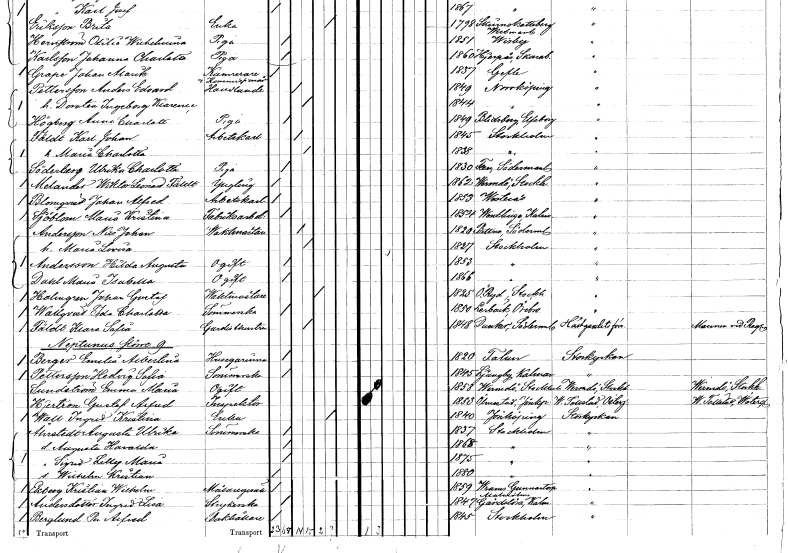
gt_parse: households: individuals: FN: Karl Johan
EN: Fäldt
YRKE: Arbetskarl
KON: M
CIV: G
FODAR: 1845
FODFORS: Stockholm
FN: Maria Charlotta
KON: K
CIV: G
FODAR: 1838
FODFORS: Stockholm
FN: Ulrika Charlotta
EN: Söderberg
YRKE: Piga
KON: K
CIV: O
FODAR: 1830
FODFORS: Flen Södermanlands län
FN: Wiktor Leonard
EN: Melander Fällt
KON: M
CIV: O
FODAR: 1862
FODFORS: Värmdö Stockholms län
FN: Johan Alfred
EN: Blomqvist
YRKE: Arbetskarl
KON: M
CIV: O
FODAR: 1853
FODFORS: Västerås Västmanlands län
FN: Maria Kristina
EN: Sjöblom
YRKE: Fabriksarbeterska
KON: K
CIV: O
FODAR: 1854
FODFORS: Ventlinge Kalmar län
FN: Nils Johan
EN: Andersson
YRKE: Vaktmästare
KON: M
CIV: G
FODAR: 1820
FODFORS: Bettna Södermanlands län
FN: Maria Lovisa
KON: K
CIV: G
FODAR: 1827
FODFORS: Stockholm
FN: Hilda Augusta
EN: Andersson
KON: K
CIV: O
FODAR: 1853
FODFORS: Stockholm
FN: Maria Isabella
EN: Dahl
KON: K
CIV: O
FODAR: 1866
FODFORS: Stockholm
FN: Johan Gustaf
EN: Holmgren
YRKE: Vaktmästare
KON: M
CIV: E
FODAR: 1825
FODFORS: Östra Ryd Stockholms län
FN: Ida Charlotta
EN: Wallgren
YRKE: Sömmerska
KON: K
CIV: O
FODAR: 1850
FODFORS: Lerbäck Örebro län
FN: Klas Sofia
EN: Fädt
YRKE: Gardisthustru
KON: K
CIV: G
FODAR: 1848
FODFORS: Dunker Södermanlands län
FN: Emilia Albertina
EN: Berger
YRKE: Husägarinna
KON: K
CIV: O
FODAR: 1820
FODFORS: Falun Kopparbergs län
FN: Hedvig Sofia
EN: Pettersson
YRKE: Sömmerska
KON: K
CIV: O
FODAR: 1845
FODFORS: Ljungby Kalmar län
FN: Emma Maria
EN: Lundström
KON: K
CIV: O
FODAR: 1858
FODFORS: Värmdö Stockholms län
FN: Gustaf Alfred
EN: Hjertron
YRKE: Inspektor
KON: M
CIV: O
FODAR: 1853
FODFORS: Ölmstad Jönköpings län
FN: Ingrid Kristina
EN: Wall
YRKE: Änka
KON: K
CIV: E
FODAR: 1840
FODFORS: Jönköping Jönköpings län
FN: Augusta Ulrika
EN: Åhrstedt
YRKE: Sömmerska
KON: K
CIV: O
FODAR: 1837
FODFORS: Stockholm
FN: Augusta Haralda
KON: K
CIV: O
FODAR: 1868
FODFORS: Stockholm
FN: Sigrid Lilly Maria
KON: K
CIV: O
FODAR: 1875
FODFORS: Stockholm
FN: Wilhelm Kristian
KON: M
CIV: O
FODAR: 1880
FODFORS: Stockholm
FN: Kristian Wilhelm
EN: Ekberg
YRKE: Målaregesäll
KON: M
CIV: O
FODAR: 1859
FODFORS: Gunnarp Hallands län
FN: Ingrid Lisa
EN: Andersdotter
YRKE: Strykerska
KON: K
CIV: O
FODAR: 1847
FODFORS: Gärdslösa Kalmar län
FN: Per Alfred
EN: Berglund
YRKE: Bokhållare
KON: M
CIV: O
FODAR: 1845
FODFORS: Stockholm